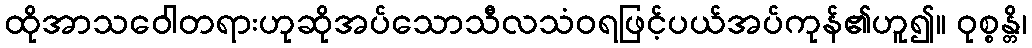
ထိုအာသဝေါတရားဟုဆိုအပ်သောသီလသံဝရဖြင့်ပယ်အပ်ကုန်၏ဟူ၍။ ဝုစ္စန္တိ၊